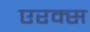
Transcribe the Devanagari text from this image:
एरक्स